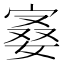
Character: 𪧙